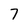
Character: 7